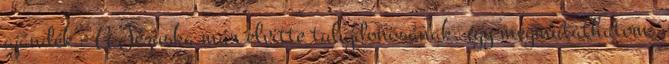
ajándék - A Jézuska már elvitte tulajdonosának, így megmutathatom.